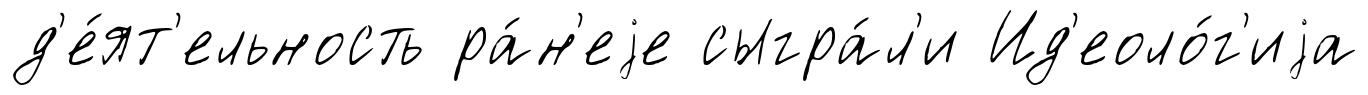
д'е́ят'ельность ра́н'еjе сыгра́л'и Ид'еоло́г'иjа